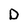
Character: D